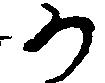
か